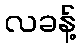
လခန့်